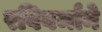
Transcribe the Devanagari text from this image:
रविवर्माने